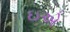
ઇએ